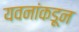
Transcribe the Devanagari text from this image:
यवनांकडून